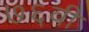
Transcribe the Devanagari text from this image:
७६वी